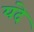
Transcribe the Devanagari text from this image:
यंदे